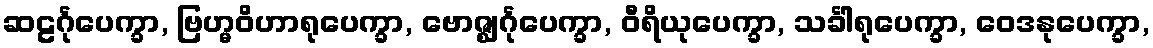
ဆဠင်္ဂုပေက္ခာ, ဗြဟ္မဝိဟာရုပေက္ခာ, ဗောဇ္ဈင်္ဂုပေက္ခာ, ဝီရိယုပေက္ခာ, သင်္ခါရုပေက္ခာ, ဝေဒနုပေက္ခာ,